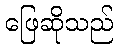
ဖြေဆိုသည်